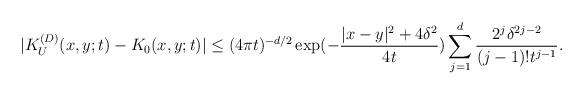
LaTeX: \begin{align*}|K_{U}^{(D)}(x,y;t)-K_{0}(x,y;t)|\leq (4\pi t)^{-d/2} \exp({-\frac{|x-y|^2+4\delta^2}{4t}})\sum_{j=1}^{d}\frac{2^j\delta^{2j-2}}{(j-1)!t^{j-1}}.\end{align*}